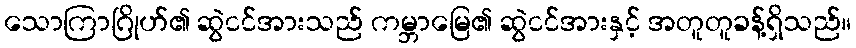
သောကြာဂြိုဟ်၏ ဆွဲငင်အားသည် ကမ္ဘာမြေ၏ ဆွဲငင်အားနှင့် အတူတူခန့်ရှိသည်။